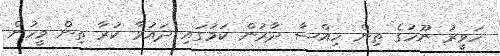
ހަވީރު ނޫހުގެ ތިން ހިއްސާ ދާރުން ކަމުގައި ދައުވާ ކުރާ ތިން މީހުން